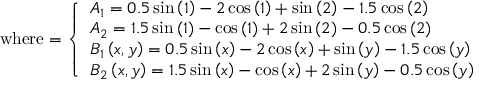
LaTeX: { \mathrm { w h e r e } } = { \left\{ \begin{array} { l l } { A _ { 1 } = 0 . 5 \sin \left( 1 \right) - 2 \cos \left( 1 \right) + \sin \left( 2 \right) - 1 . 5 \cos \left( 2 \right) } \\ { A _ { 2 } = 1 . 5 \sin \left( 1 \right) - \cos \left( 1 \right) + 2 \sin \left( 2 \right) - 0 . 5 \cos \left( 2 \right) } \\ { B _ { 1 } \left( x , y \right) = 0 . 5 \sin \left( x \right) - 2 \cos \left( x \right) + \sin \left( y \right) - 1 . 5 \cos \left( y \right) } \\ { B _ { 2 } \left( x , y \right) = 1 . 5 \sin \left( x \right) - \cos \left( x \right) + 2 \sin \left( y \right) - 0 . 5 \cos \left( y \right) } \end{array} \right. }